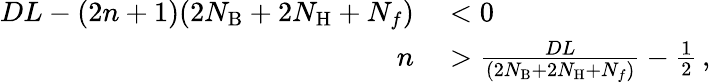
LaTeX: \begin{array}{rl}{DL-(2n+1)(2N_{\mathrm{B}}+2N_{\mathrm{H}}+N_{f})}&{{}<0}\\ {n}&{{}>\frac{DL}{(2N_{\mathrm{B}}+2N_{\mathrm{H}}+N_{f})}-\frac{1}{2}\, ,}\end{array}